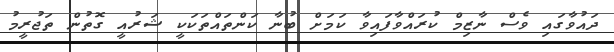
ދައުވާގައި ވެސް ނާޒިމް ކުރައްވާފައިވާ ކަމަށް ބުނާ ކަންތައްތަކަކީ ޝަރުއީ ގޮތުން ތަޖުރީމު